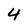
Character: 4